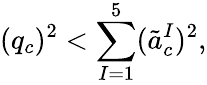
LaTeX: (q_{c})^{2}<\sum_{I=1}^{5}(\tilde{a}_{c}^{I})^{2},